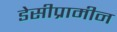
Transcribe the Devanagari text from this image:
डेसीप्रामीन